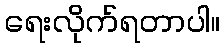
ရေးလိုက်ရတာပါ။